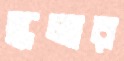
স্কলার